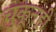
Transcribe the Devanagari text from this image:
चुकूनही